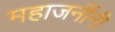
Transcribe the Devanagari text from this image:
महाजनींनी